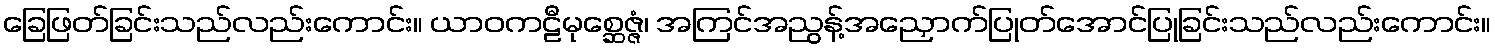
ခြေဖြတ်ခြင်းသည်လည်းကောင်း။ ယာဝကဠီမုစ္ဆေဇ္ဇံ၊ အကြင်အညွန့်အညှောက်ပြုတ်အောင်ပြုခြင်းသည်လည်းကောင်း။